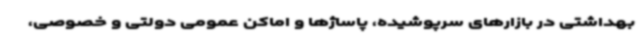
بهداشتی در بازارهای سرپوشیده، پاساژها و اماکن عمومی دولتی و خصوصی،